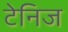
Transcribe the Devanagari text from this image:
टेनिज